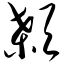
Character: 颡